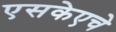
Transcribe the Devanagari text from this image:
एसकेएचे